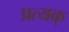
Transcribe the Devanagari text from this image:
प्रत्यक्